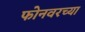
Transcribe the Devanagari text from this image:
फोनवरच्या